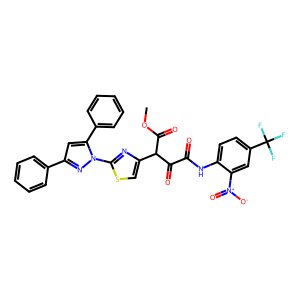
SMILES: COC(=O)C(C(=O)C(=O)Nc1ccc(C(F)(F)F)cc1[N+](=O)[O-])c1csc(-n2nc(-c3ccccc3)cc2-c2ccccc2)n1
Inhibits HIV replication: No